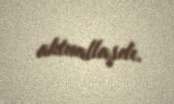
aktuallaşdı.